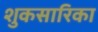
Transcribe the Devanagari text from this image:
शुकसारिका